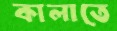
কালাতে